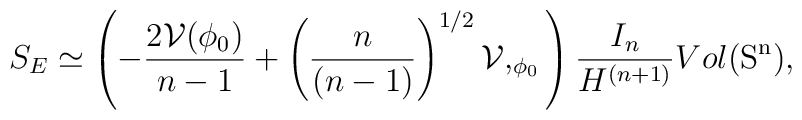
S_E\simeq \left( -\frac{2{ \cal V}(\phi_0)}{n-1}    +\left(\frac{n}{(n-1)}\right)^{1/2}{\cal V},_{\phi_0} \right) \frac{I_n}{H^{(n+1)}}Vol(\rm{S}^n),